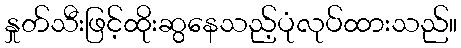
နှုတ်သီးဖြင့်ထိုးဆွနေသည့်ပုံလုပ်ထားသည်။